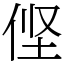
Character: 㑠